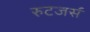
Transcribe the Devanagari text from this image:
रुटजर्स